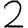
Digit: 2